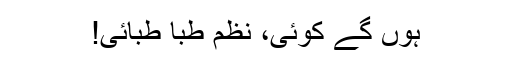
ہوں گے کوئی، نظم طبا طبائی!